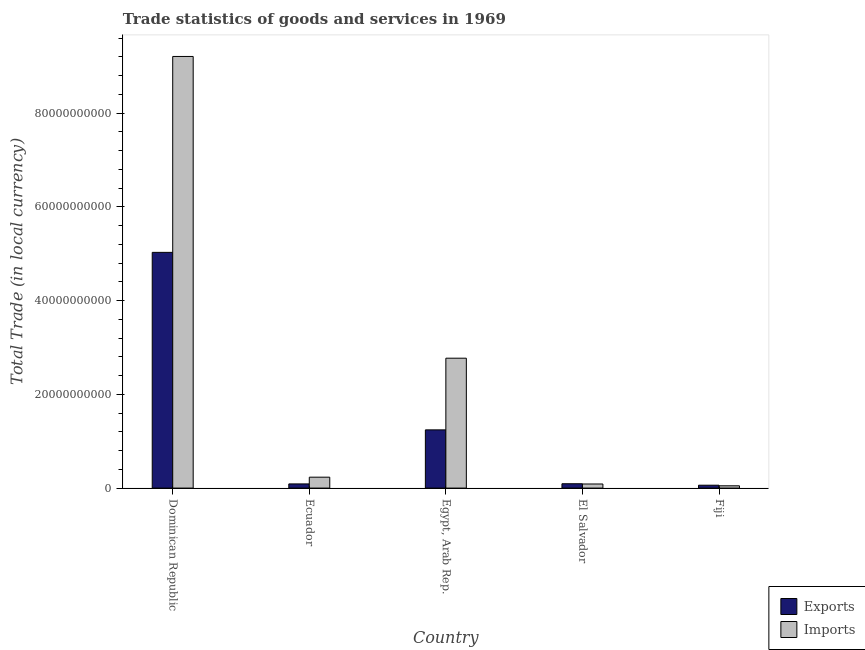
| Country | Exports | Imports |
 | --- | --- | --- |
 | Dominican Republic | 5.03e+10 | 9.21e+10 |
 | Ecuador | 8.91e+08 | 2.33e+09 |
 | Egypt, Arab Rep. | 1.24e+10 | 2.77e+10 |
 | El Salvador | 9.28e+08 | 8.73e+08 |
 | Fiji | 6.16e+08 | 4.89e+08 |